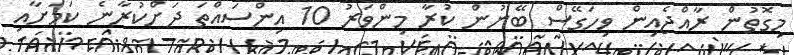
މިގޮތުން ރާއްޖެއިން ވިހަގޭސް ބޭނުން ކުރާ މިންވަރު 10 އިންސައްތަ ދަށްކުރާނެ ކަމަށާއި